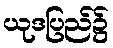
ယုဒပြည်၌